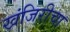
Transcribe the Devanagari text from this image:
खंजिरीचा